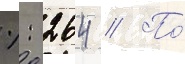
%: 264 // По́